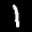
Label: 1